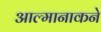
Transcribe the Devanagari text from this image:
आल्मानाकने